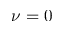
\nu = 0